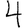
Digit: 4